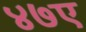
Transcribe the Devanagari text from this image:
४७ए